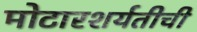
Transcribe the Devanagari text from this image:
मोटारशर्यतीची